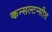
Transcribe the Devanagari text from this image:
कन्सल्टन्सीत